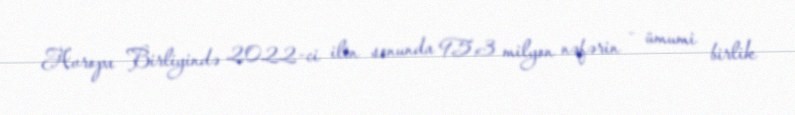
Avropa Birliyində 2022-ci ilin sonunda 95,3 milyon nəfərin - ümumi birlik